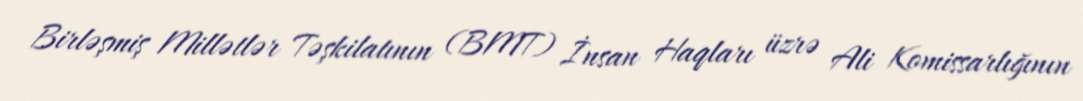
Birləşmiş Millətlər Təşkilatının (BMT) İnsan Haqları üzrə Ali Komissarlığının